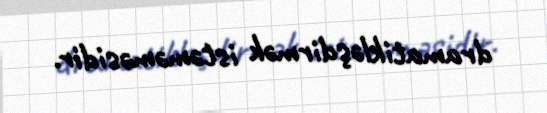
dramatikləşdirmək istəməməsidir.